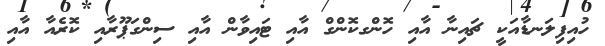
ހުއިފިލަނޑާއަކީ ޗައިނާ އާއި ހޮންގކޮންގް އާއި ޓައިވާން އާއި ސިންގަޕޫރާއި ކޮރެއާ އާއި